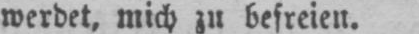
werdet, mich zu befreien.